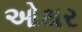
ઓથર